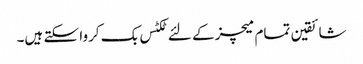
شائقین تمام میچز کے لئے ٹکٹس بک کروا سکتے ہیں۔